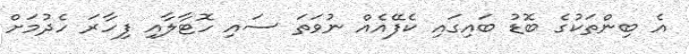
އެ ބިންތަކުގެ ބޮޑު ބައިގައި ކެފޭއެއް ނުވަތަ ސައި ހޮޓާލާއި ފިހާރަ ހެދުމަށް